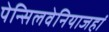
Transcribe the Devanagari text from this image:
पेन्सिलवेनियाजहां